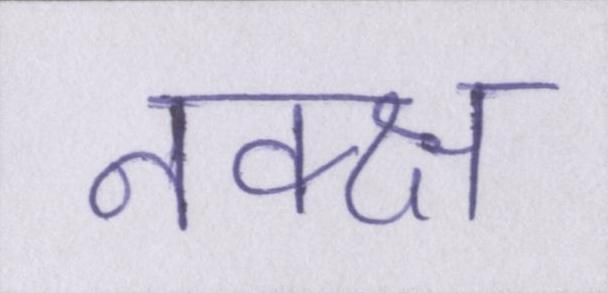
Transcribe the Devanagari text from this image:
नक्क्ष